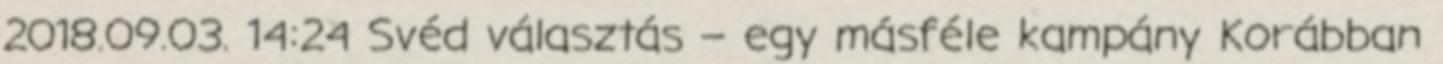
2018.09.03. 14:24 Svéd választás – egy másféle kampány Korábban